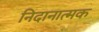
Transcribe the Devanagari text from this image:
निदानात्‍मक